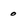
Character: 0